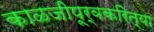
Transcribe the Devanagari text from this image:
काळजीपूर्वकरित्या